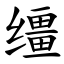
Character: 缰